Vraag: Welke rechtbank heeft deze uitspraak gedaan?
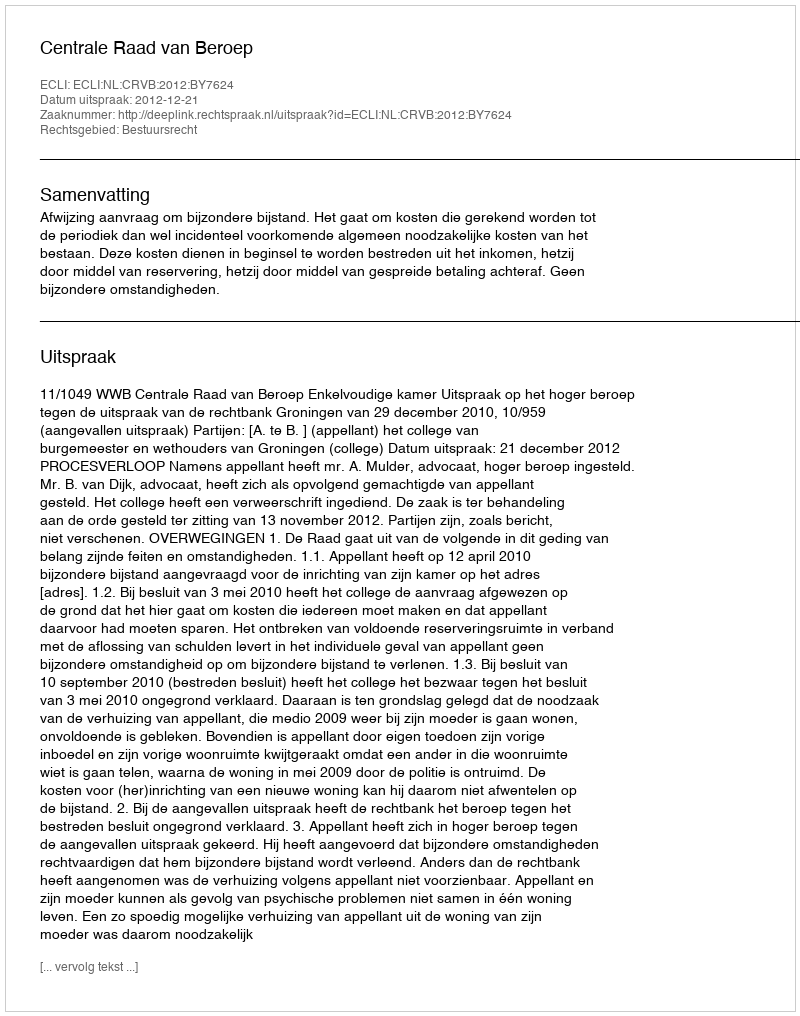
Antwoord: Centrale Raad van Beroep